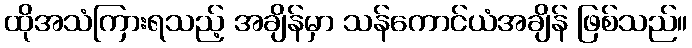
ထိုအသံကြားရသည့် အချိန်မှာ သန်ကောင်ယံအချိန် ဖြစ်သည်။